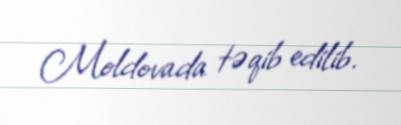
Moldovada təqib edilib.